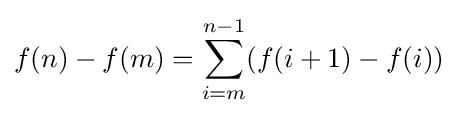
f(n)-f(m)=\sum _{i=m}^{n-1}(f(i+1)-f(i))